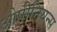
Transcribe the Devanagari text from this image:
ओपीनियन्स